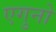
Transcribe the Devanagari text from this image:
एगुनो